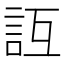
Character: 𧥮